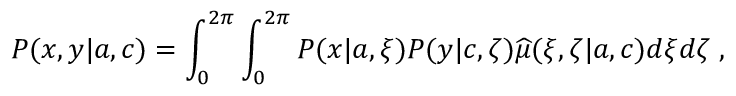
P ( x , y | { a } , { c } ) = \int _ { 0 } ^ { 2 \pi } \int _ { 0 } ^ { 2 \pi } P ( x | { a } , \xi ) P ( y | { c } , \zeta ) { \widehat \mu } ( \xi , \zeta | { a } , { c } ) d \xi d \zeta \; ,